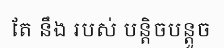
តែ នឹង របស់ បន្តិចបន្តួច